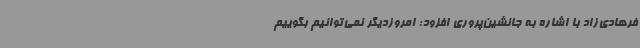
فرهادی‌زاد با اشاره به جانشین‌پروری افزود: امروزدیگر نمی‌توانیم بگوییم